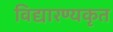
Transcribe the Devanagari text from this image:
विद्यारण्यकृत